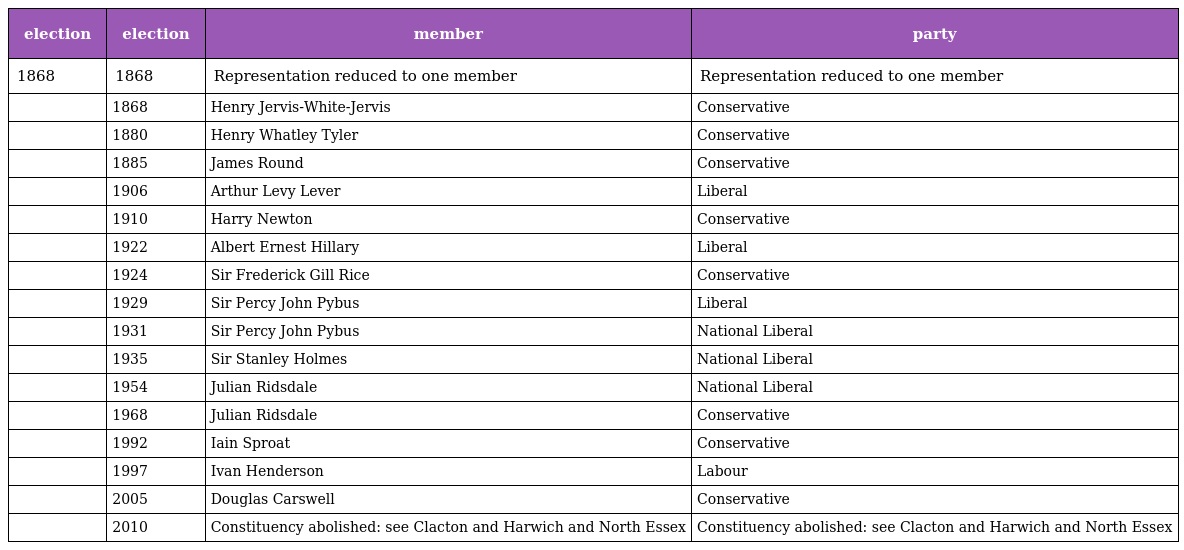
| election | election | member | party |
 | --- | --- | --- | --- |
 | 1868 | 1868 | Representation reduced to one member | Representation reduced to one member |
 |  | 1868 | Henry Jervis-White-Jervis | Conservative |
 |  | 1880 | Henry Whatley Tyler | Conservative |
 |  | 1885 | James Round | Conservative |
 |  | 1906 | Arthur Levy Lever | Liberal |
 |  | 1910 | Harry Newton | Conservative |
 |  | 1922 | Albert Ernest Hillary | Liberal |
 |  | 1924 | Sir Frederick Gill Rice | Conservative |
 |  | 1929 | Sir Percy John Pybus | Liberal |
 |  | 1931 | Sir Percy John Pybus | National Liberal |
 |  | 1935 | Sir Stanley Holmes | National Liberal |
 |  | 1954 | Julian Ridsdale | National Liberal |
 |  | 1968 | Julian Ridsdale | Conservative |
 |  | 1992 | Iain Sproat | Conservative |
 |  | 1997 | Ivan Henderson | Labour |
 |  | 2005 | Douglas Carswell | Conservative |
 |  | 2010 | Constituency abolished: see Clacton and Harwich and North Essex | Constituency abolished: see Clacton and Harwich and North Essex |